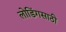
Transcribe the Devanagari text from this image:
लोडिंगसाठी